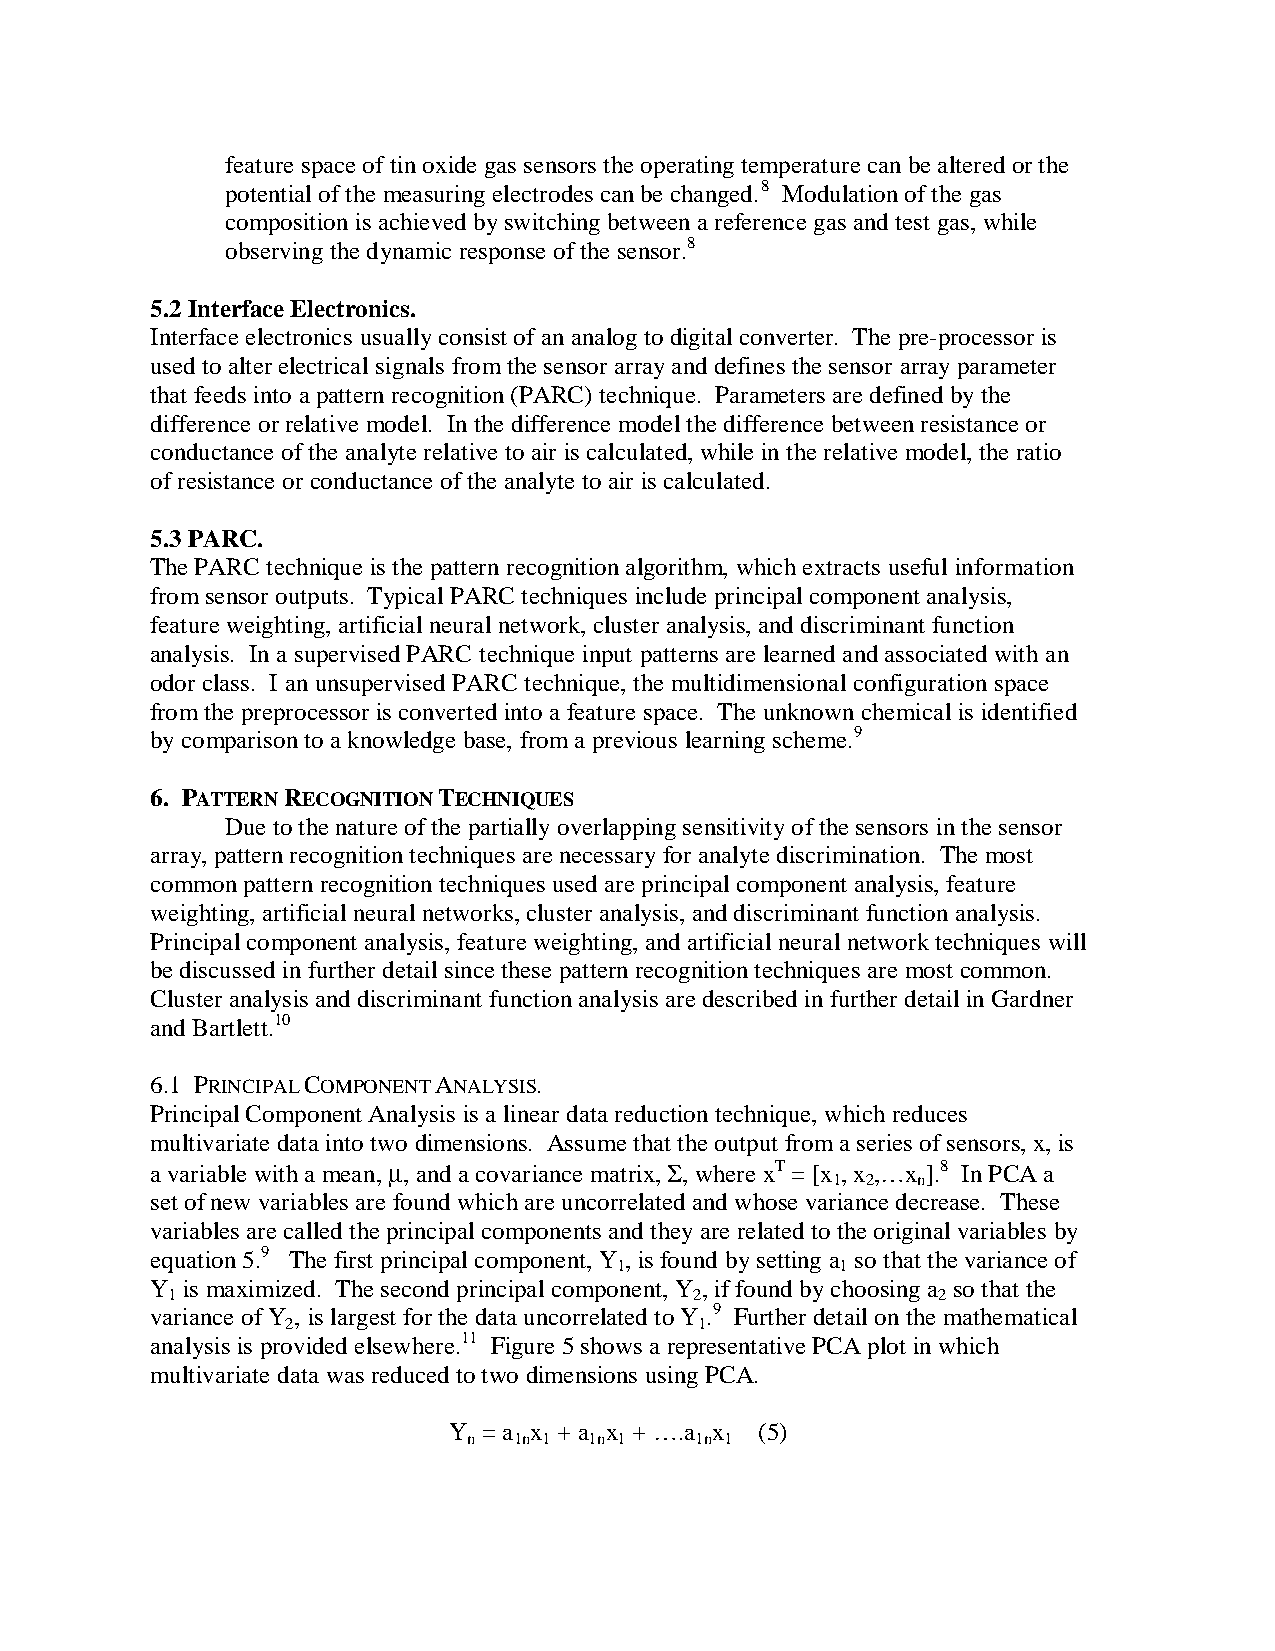
feature space of tin oxide gas sensors the operating temperature can be altered or the
 potential of the measuring electrodes can be changed.8 Modulation of the gas
 composition is achieved by switching between a reference gas and test gas, while
 observing the dynamic response of the sensor.8
 5.2 Interface Electronics.
 Interface electronics usually consist of an analog to digital converter. The pre-processor is
 used to alter electrical signals from the sensor array and defines the sensor array parameter
 that feeds into a pattern recognition (PARC) technique. Parameters are defined by the
 difference or relative model. In the difference model the difference between resistance or
 conductance of the analyte relative to air is calculated, while in the relative model, the ratio
 of resistance or conductance of the analyte to air is calculated.
 5.3 PARC.
 The PARC technique is the pattern recognition algorithm, which extracts useful information
 from sensor outputs. Typical PARC techniques include principal component analysis,
 feature weighting, artificial neural network, cluster analysis, and discriminant function
 analysis. In a supervised PARC technique input patterns are learned and associated with an
 odor class. I an unsupervised PARC technique, the multidimensional configuration space
 from the preprocessor is converted into a feature space. The unknown chemical is identified
 by comparison to a knowledge base, from a previous learning scheme.9
 6. PATTERN RECOGNITION TECHNIQUES
 Due to the nature of the partially overlapping sensitivity of the sensors in the sensor
 array, pattern recognition techniques are necessary for analyte discrimination. The most
 common pattern recognition techniques used are principal component analysis, feature
 weighting, artificial neural networks, cluster analysis, and discriminant function analysis.
 Principal component analysis, feature weighting, and artificial neural network techniques will
 be discussed in further detail since these pattern recognition techniques are most common.
 Cluster analysis and discriminant function analysis are described in further detail in Gardner
 and Bartlett.10
 6.1 PRINCIPAL COMPONENT ANALYSIS.
 Principal Component Analysis is a linear data reduction technique, which reduces
 multivariate data into two dimensions. Assume that the output from a series of sensors, x, is
 a variable with a mean, m , and a covariance matrix, S , where xT = [x , x ,…x ].8 In PCA a
 1 2   n
 set of new variables are found which are uncorrelated and whose variance decrease. These
 variables are called the principal components and they are related to the original variables by
 equation 5.9 The first principal component, Y , is found by setting a so that the variance of
 1              1
 Y is maximized. The second principal component, Y , if found by choosing a so that the
 1                                  2               2
 variance of Y , is largest for the data uncorrelated to Y .9 Further detail on the mathematical
 2                          1
 analysis is provided elsewhere.11 Figure 5 shows a representative PCA plot in which
 multivariate data was reduced to two dimensions using PCA.
 Y = a x + a x + ….a x (5)
 n  1n 1 1n 1   1n 1